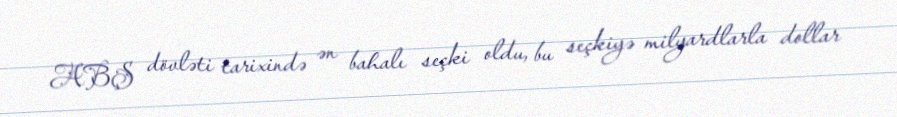
ABŞ dövləti tarixində ən bahalı seçki oldu, bu seçkiyə milyardlarla dollar